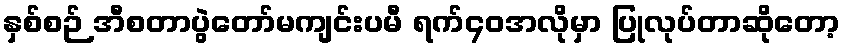
နှစ်စဉ် အီစတာပွဲတော်မကျင်းပမီ ရက်၄၀အလိုမှာ ပြုလုပ်တာဆိုတော့